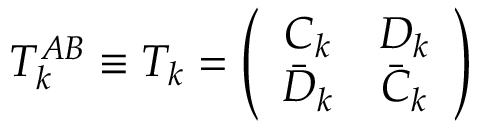
T _ { k } ^ { A B } \equiv T _ { k } = \left( \begin{array} { c c } { { C _ { k } } } & { { D _ { k } } } \\ { { \bar { D } _ { k } } } & { { \bar { C } _ { k } } } \end{array} \right)